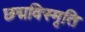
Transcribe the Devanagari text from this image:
छद्मविस्मृति